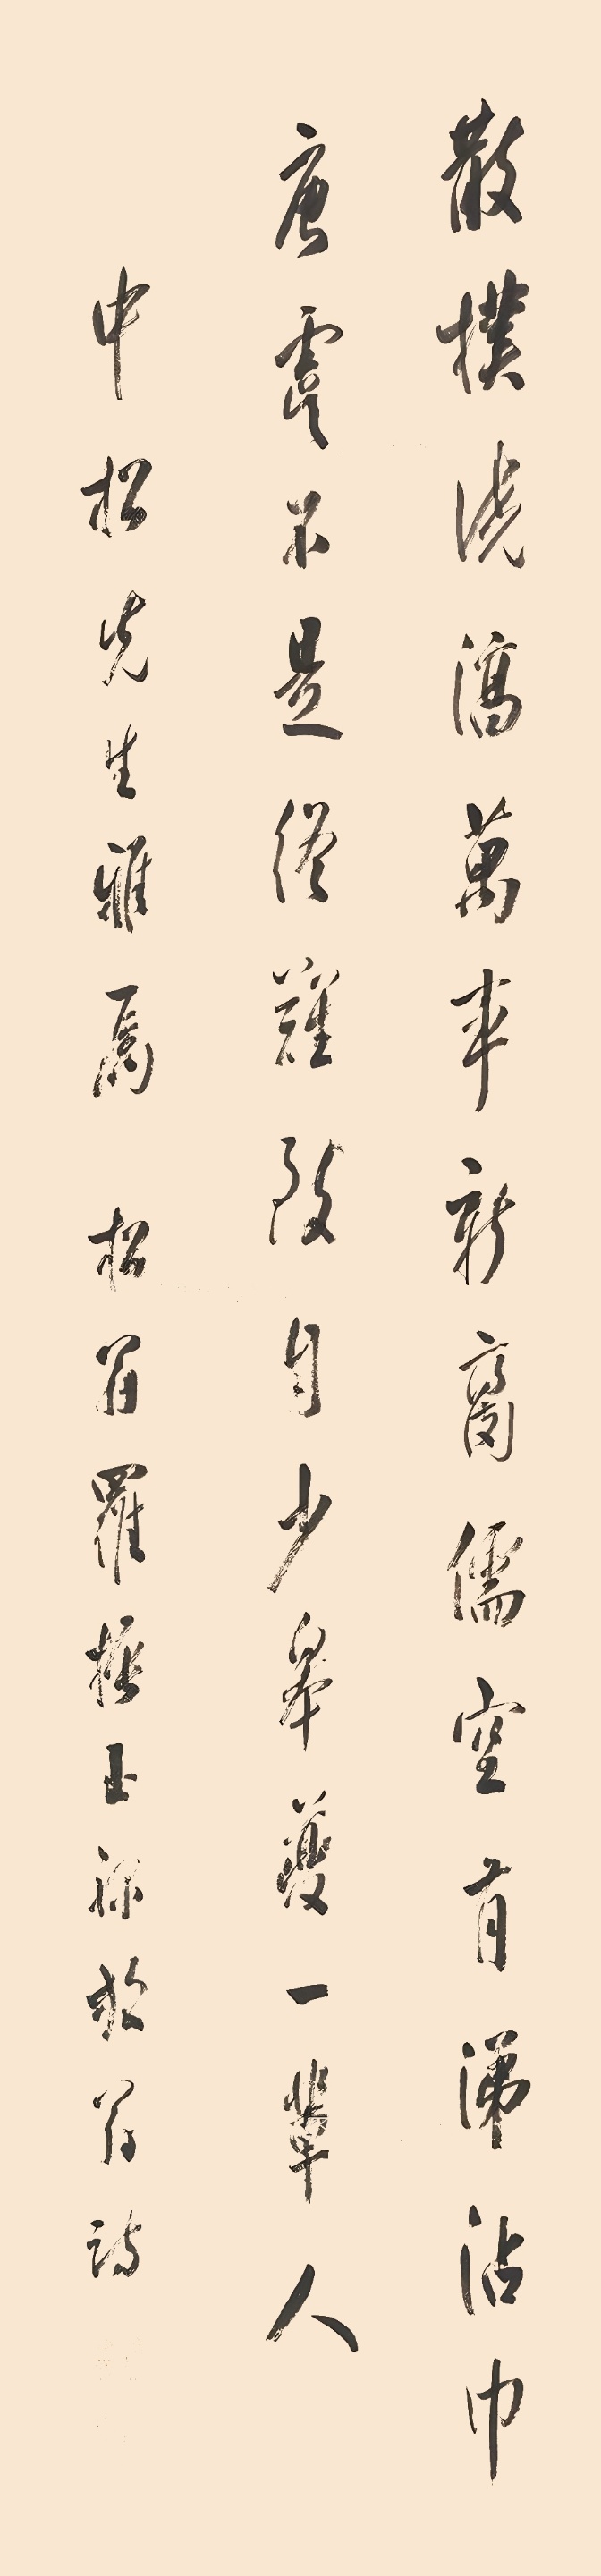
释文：散朴浇淳万事新，腐儒空有涕沾巾。唐虞不是终难致，自少皋夔一辈人。中松先生雅属，松翁罗振玉录放翁诗。